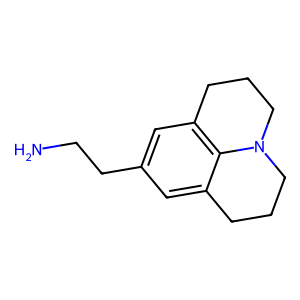
SMILES: NCCc1cc2c3c(c1)CCCN3CCC2
Inhibits HIV replication: No